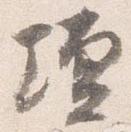
壇